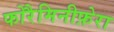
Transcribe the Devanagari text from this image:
फोरैमिनीफ़ेरा